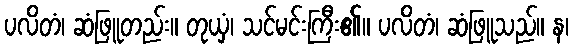
ပလိတံ၊ ဆံဖြူတည်း။ တုယှံ၊ သင်မင်းကြီး၏။ ပလိတံ၊ ဆံဖြူသည်။ န၊